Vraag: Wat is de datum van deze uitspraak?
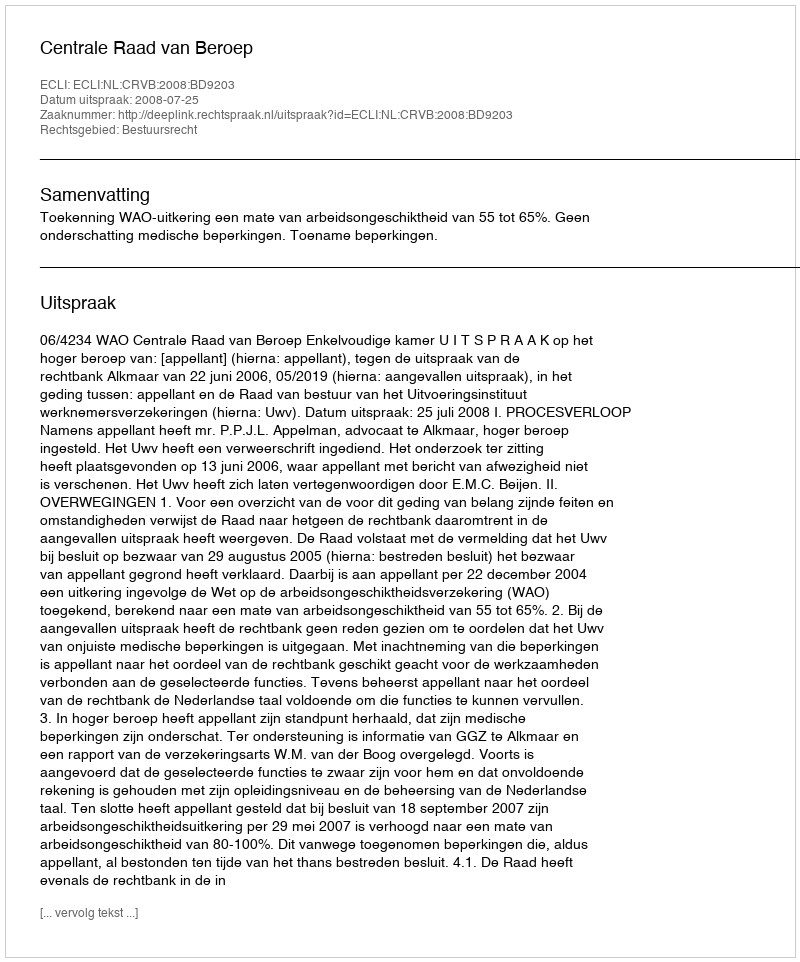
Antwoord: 2008-07-25